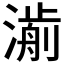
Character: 𣾅